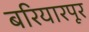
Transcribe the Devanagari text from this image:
बरियारपूर